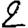
Digit: 2